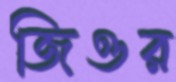
জিওর